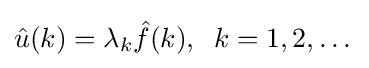
{\hat {u}}(k)=\lambda _{k}{\hat {f}}(k),\;\;k=1,2,\dots